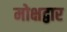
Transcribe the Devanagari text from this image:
मोक्षद्वार